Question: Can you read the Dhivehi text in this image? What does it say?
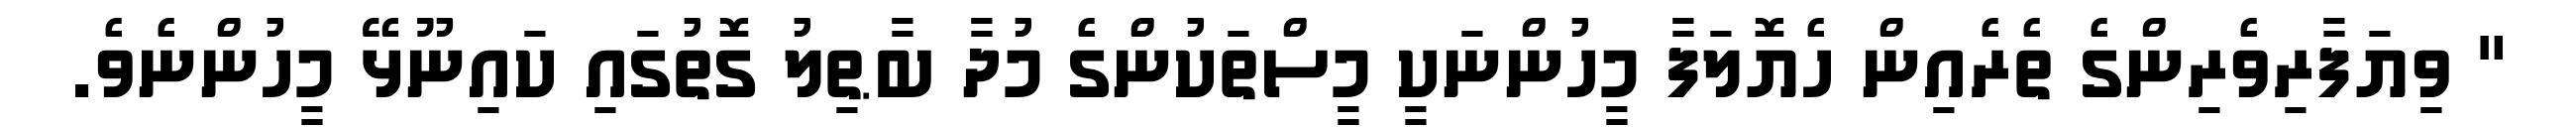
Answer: " ވިޔަފާރިވެރިންގެ ތެރެއިން ހެޔޮލަފާ މީހުންނަކީ މީސްތަކުންގެ މުދާ ބާޠިލު ގޮތުގައި ކައިނޫޅޭ މީހުންނެވެ.